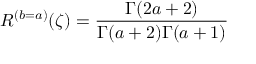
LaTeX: { \cal R } ^ { ( b = a ) } ( \zeta ) = \frac { \Gamma ( 2 a + 2 ) } { \Gamma ( a + 2 ) \Gamma ( a + 1 ) }